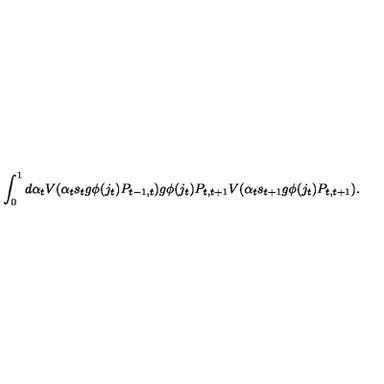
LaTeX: \int _ { 0 } ^ { 1 } d \alpha _ { t } V ( \alpha _ { t } s _ { t } g \phi ( j _ { t } ) P _ { t - 1 , t } ) g \phi ( j _ { t } ) P _ { t , t + 1 } V ( \alpha _ { t } s _ { t + 1 } g \phi ( j _ { t } ) P _ { t , t + 1 } ) .